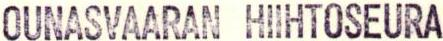
OUNASVAARAN HIIHTOSEURA